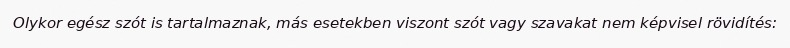
Olykor egész szót is tartalmaznak, más esetekben viszont szót vagy szavakat nem képvisel rövidítés: